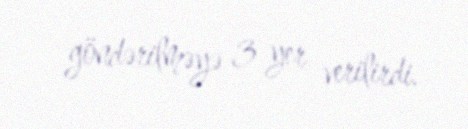
göndərilməyə 3 yer verilirdi.